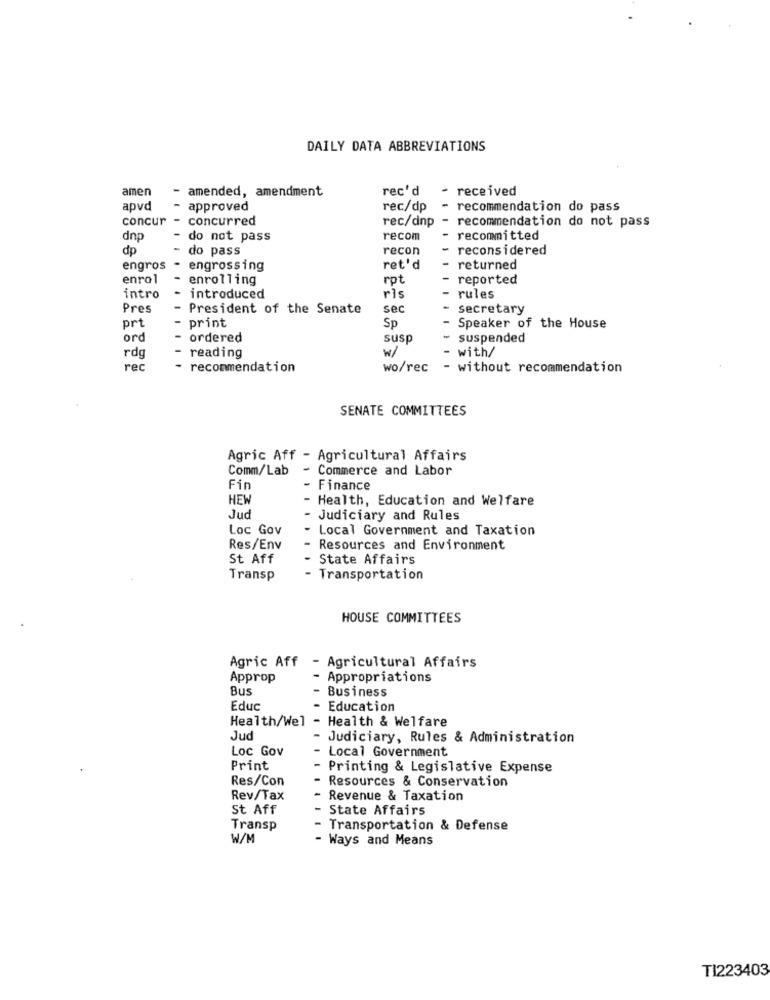
DAILY DATA ABBREVIATIONS
amen
- amended, amendment
rec'd
-
received
apvd
approved
rec/dp
recommendation do pass
concur - concurred
rec/dnp - recommendation do not pass
dnp
-
do not pass
recom
recommitted
dp
- do pass
recon
reconsidered
engros -
engrossing
ret'd
- returned
enrol
enrolling
rpt
reported
intro
introduced
ris
-
rules
Pres
-
President of the Senate
sec
secretary
prt
- print
Sp
Speaker of the House
ord
- ordered
susp
- suspended
- reading
w/
with/
rdg
rec
- recommendation
wo/rec
without recommendation
SENATE COMMITTEES
Agric Aff - Agricultural Affairs
Comm/Lab
- Commerce and Labor
Fin
- Finance
HEW
- Health, Education and Welfare
Jud
- Judiciary and Rules
Loc Gov
- Local Government and Taxation
Res/Env
Resources and Environment
St Aff
State Affairs
Transp
- Transportation
HOUSE COMMITTEES
Agric Aff
- Agricultural Affairs
Approp
- Appropriations
Bus
- Business
Educ
Education
Health/Wel - Health & Welfare
Jud
- Judiciary, Rules & Administration
Loc Gov
- Local Government
Print
- Printing & Legislative Expense
Res/Con
- Resources & Conservation
Rev/Tax
Revenue & Taxation
St Aff
- State Affairs
Transp
- Transportation & Defense
W/M
- Ways and Means
TI223403